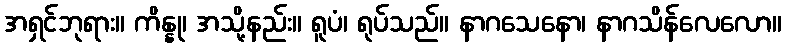
အရှင်ဘုရား။ ကိန္နု၊ အသို့နည်း။ ရူပံ၊ ရုပ်သည်။ နာဂသေနော၊ နာဂသိန်လေလော။